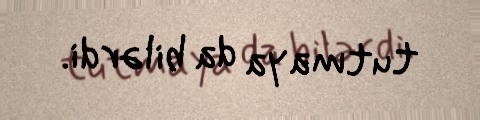
tutmaya da bilərdi.